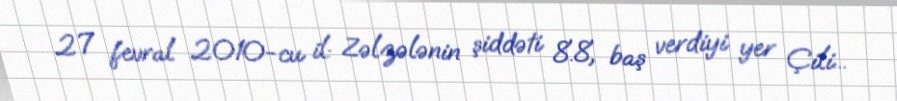
27 fevral 2010-cu il: Zəlzələnin şiddəti 8.8, baş verdiyi yer Çili...